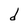
Character: d